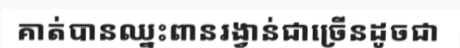
គាត់បានឈ្នះពានរង្វាន់ជាច្រើនដូចជា